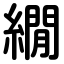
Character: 繝